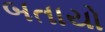
બતાયો